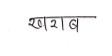
मजकूर: खराब